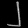
Digit: ၂